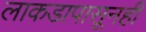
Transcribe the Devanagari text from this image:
लाकडापासूनही